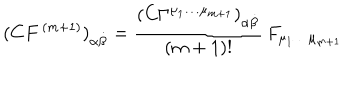
( C { F } ^ { \, ( m + 1 ) } ) _ { \alpha { \dot { \beta } } } = \frac { \left( C \Gamma ^ { { \mu _ { 1 } } \dots { \mu } _ { m + 1 } } \right) _ { \alpha { \dot { \beta } } } } { ( m + 1 ) ! } \, F _ { \mu _ { 1 } \dots \mu _ { m + 1 } }